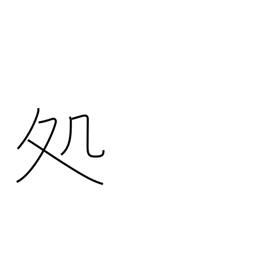
Meaning: sentence